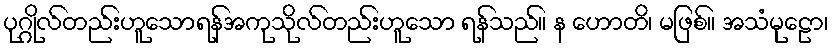
ပုဂ္ဂိုလ်တည်းဟူသောရန်အကုသိုလ်တည်းဟူသော ရန်သည်။ န ဟောတိ၊ မဖြစ်။ အသံမုဠော၊